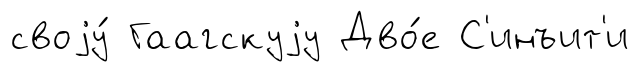
своjу́ Гаагскуjу Дво́е С'инъит'и